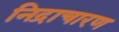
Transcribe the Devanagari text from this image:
निद्राचारण